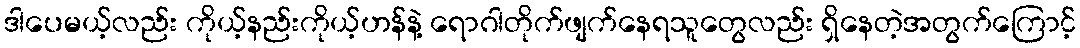
ဒါပေမယ့်လည်း ကိုယ့်နည်းကိုယ့်ဟန်နဲ့ ရောဂါတိုက်ဖျက်နေရသူတွေလည်း ရှိနေတဲ့အတွက်ကြောင့်